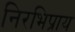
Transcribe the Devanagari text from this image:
निरभिप्राय